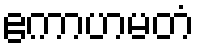
ဧကာဟမတံ